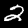
Digit: 2